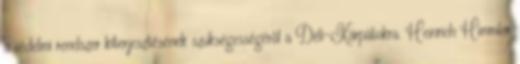
a védelmi rendszer kiterjesztésének szükségességérõl a Déli-Kárpátokra. Heinrich Himmler